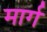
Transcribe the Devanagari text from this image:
मार्ग